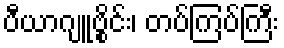
ပီယာဂျူဗွိုင်း၊ တပ်ကြပ်ကြီး